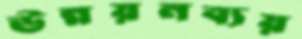
উন্নয়নব্যয়